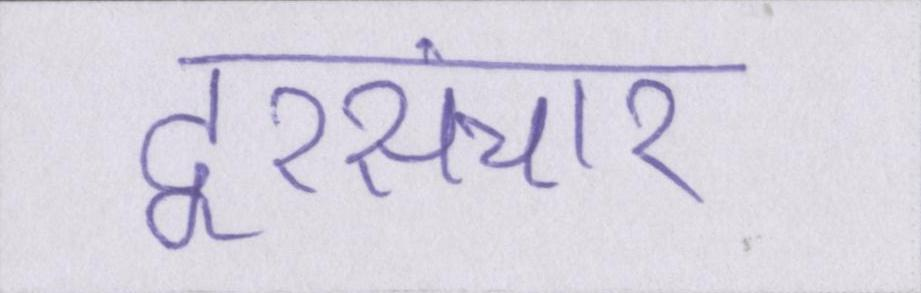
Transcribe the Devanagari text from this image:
दूरसंचार